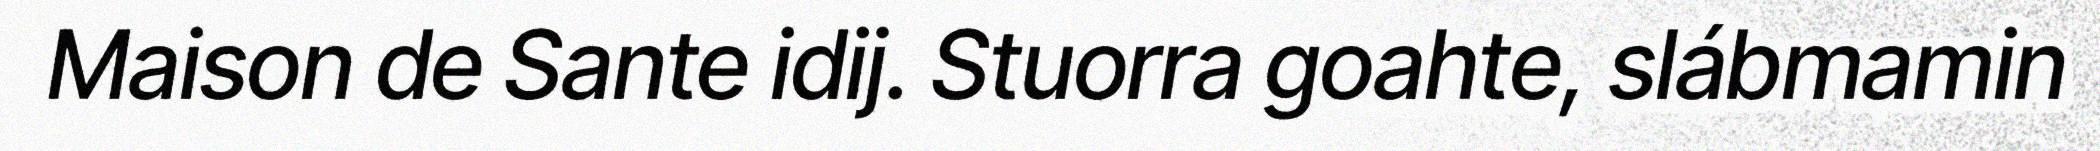
Maison de Sante idij. Stuorra goahte, slábmamin